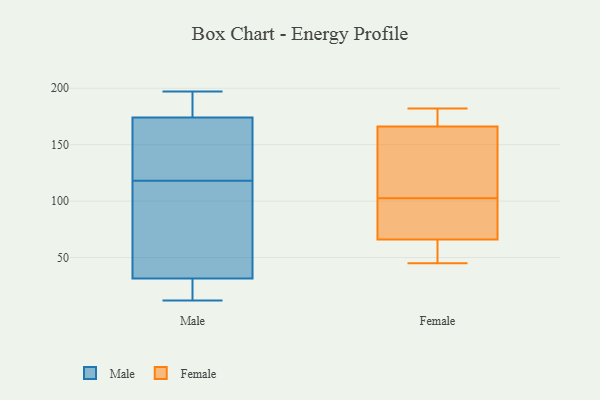
{"axis": {"x": "Shipments", "y": "Value"}, "legend": ["Female", "Male"], "data": [{"x": "", "y": 197, "type": "Male"}, {"x": "", "y": 86, "type": "Male"}, {"x": "", "y": 12, "type": "Male"}, {"x": "", "y": 57, "type": "Male"}, {"x": "", "y": 195, "type": "Male"}, {"x": "", "y": 140, "type": "Male"}, {"x": "", "y": 27, "type": "Male"}, {"x": "", "y": 112, "type": "Male"}, {"x": "", "y": 185, "type": "Male"}, {"x": "", "y": 188, "type": "Male"}, {"x": "", "y": 28, "type": "Male"}, {"x": "", "y": 18, "type": "Male"}, {"x": "", "y": 124, "type": "Male"}, {"x": "", "y": 163, "type": "Male"}, {"x": "", "y": 130, "type": "Male"}, {"x": "", "y": 35, "type": "Male"}, {"x": "", "y": 182, "type": "Female"}, {"x": "", "y": 66, "type": "Female"}, {"x": "", "y": 172, "type": "Female"}, {"x": "", "y": 166, "type": "Female"}, {"x": "", "y": 45, "type": "Female"}, {"x": "", "y": 104, "type": "Female"}, {"x": "", "y": 151, "type": "Female"}, {"x": "", "y": 86, "type": "Female"}, {"x": "", "y": 66, "type": "Female"}, {"x": "", "y": 101, "type": "Female"}]}